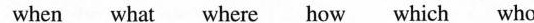
when what where how which who